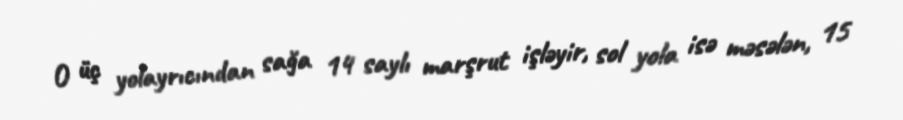
O üç yolayrıcından sağa 14 saylı marşrut işləyir, sol yola isə məsələn, 15